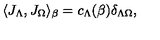
\langle { J } _ { \Lambda } , { J } _ { \Omega } \rangle _ { \beta } = c _ { \Lambda } ( \beta ) \delta _ { \Lambda \Omega } ,